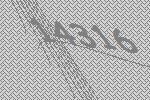
14316